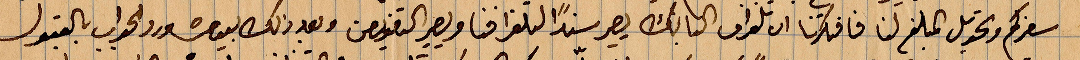
سفركم وتحويل المبل لنا فافتكرنا ان التلغراف كتابك يصير سندًا للتلغرافيا ويصير التعويض وبعد ذلك ... بالعقول